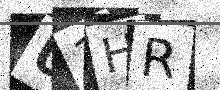
Text: U1HR